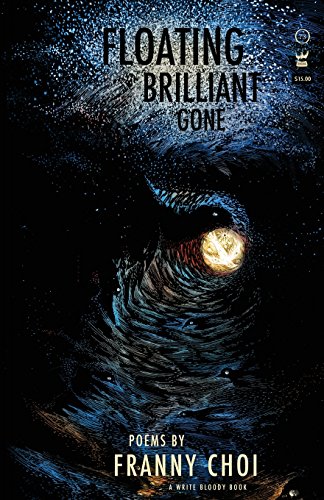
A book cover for Floating, Brilliant, Gone; Franny Choi; Gay & Lesbian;